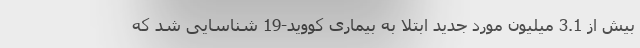
بیش از 3.1 میلیون مورد جدید ابتلا به بیماری کووید-19 شناسایی شد که